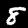
Label: 8